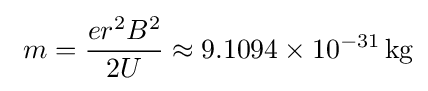
\ m={\frac {er^{2}B^{2}}{2U}}\approx 9.1094\times 10^{-31}\,\mathrm {kg}